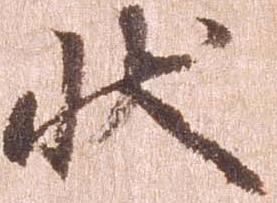
状